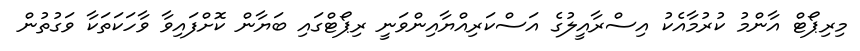
މިރިޕޯޓް އާންމު ކުރުމާއެކު އިސްރާއީލުގެ އަސްކަރިއްޔާއިންވަނީ ރިޕޯޓްގައި ބަޔާން ކޮށްފައިވާ ވާހަކަތަކާ ވަގުތުން